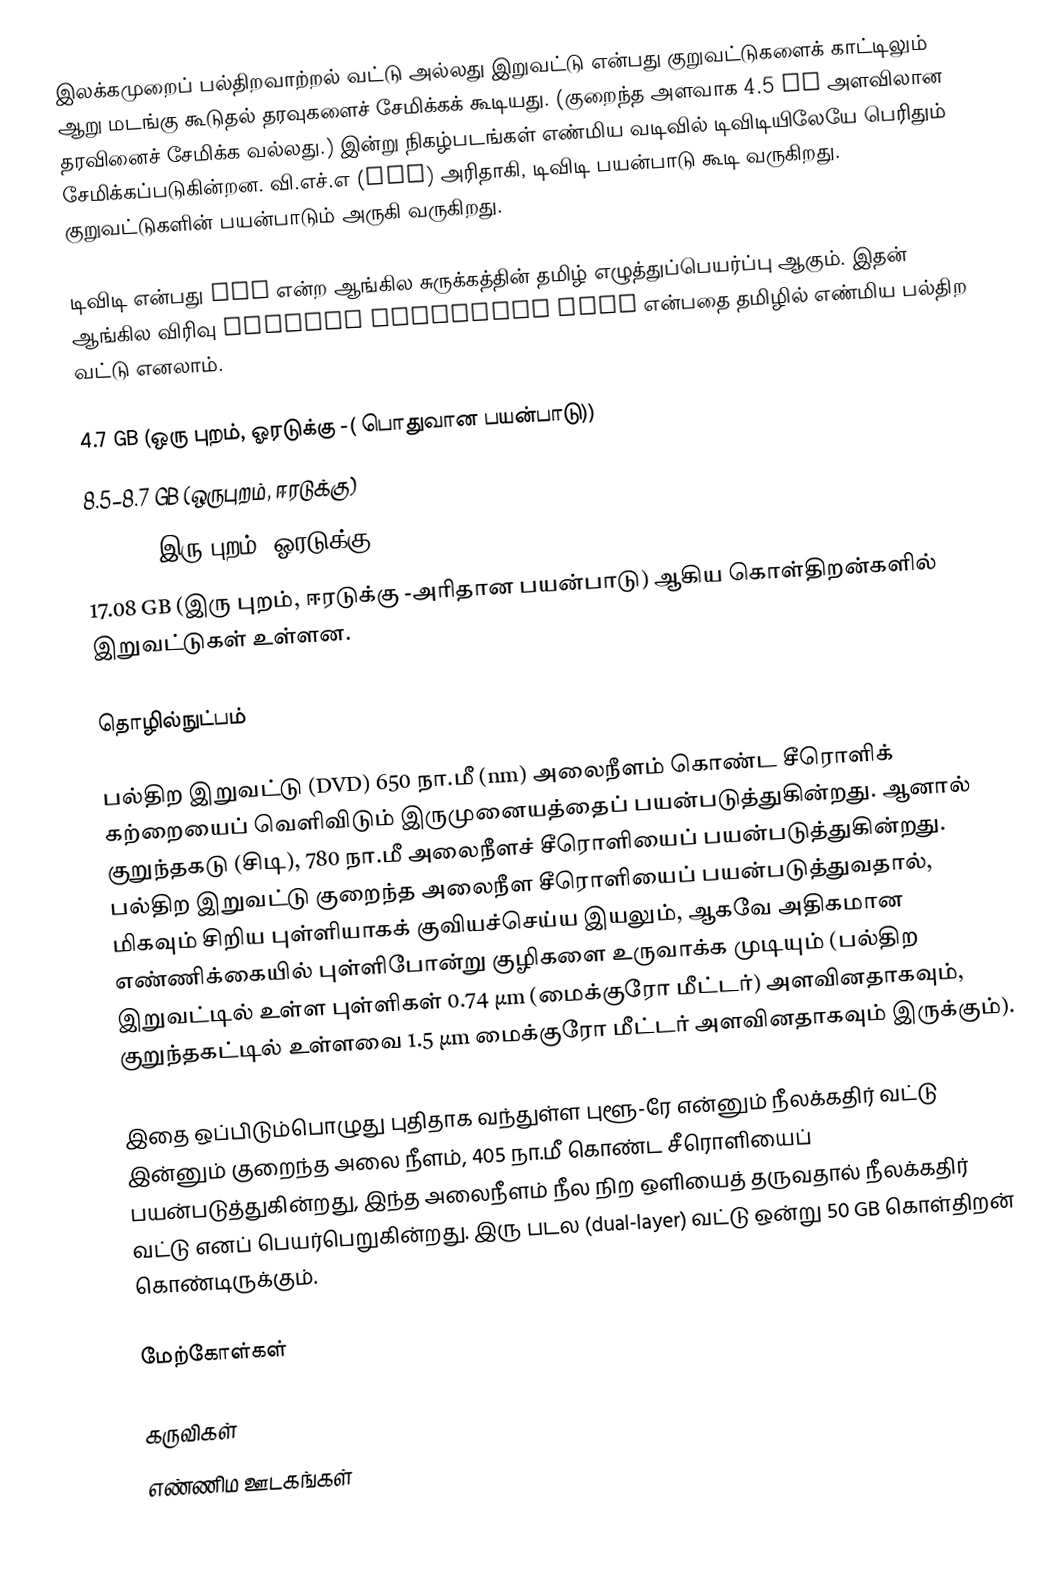
இலக்கமுறைப் பல்திறவாற்றல் வட்டு அல்லது இறுவட்டு என்பது குறுவட்டுகளைக் காட்டிலும் ஆறு மடங்கு கூடுதல் தரவுகளைச் சேமிக்கக் கூடியது. (குறைந்த அளவாக 4.5 GB அளவிலான தரவினைச் சேமிக்க வல்லது.) இன்று நிகழ்படங்கள் எண்மிய வடிவில் டிவிடியிலேயே பெரிதும் சேமிக்கப்படுகின்றன. வி.எச்.எ (VHS) அரிதாகி, டிவிடி பயன்பாடு கூடி வருகிறது. குறுவட்டுகளின் பயன்பாடும் அருகி வருகிறது.

டிவிடி என்பது DVD என்ற ஆங்கில சுருக்கத்தின் தமிழ் எழுத்துப்பெயர்ப்பு ஆகும். இதன் ஆங்கில விரிவு Digital Versatile Disc என்பதை தமிழில் எண்மிய பல்திற வட்டு எனலாம்.

 4.7 GB (ஒரு புறம், ஓரடுக்கு -( பொதுவான பயன்பாடு))
 8.5–8.7 GB (ஒருபுறம், ஈரடுக்கு)
 9.4 GB (இரு புறம், ஓரடுக்கு)
17.08 GB (இரு புறம், ஈரடுக்கு -அரிதான பயன்பாடு)  ஆகிய கொள்திறன்களில் இறுவட்டுகள் உள்ளன.

தொழில்நுட்பம்

பல்திற இறுவட்டு (DVD) 650 நா.மீ (nm) அலைநீளம் கொண்ட சீரொளிக் கற்றையைப் வெளிவிடும் இருமுனையத்தைப் பயன்படுத்துகின்றது. ஆனால் குறுந்தகடு (சிடி), 780 நா.மீ அலைநீளச் சீரொளியைப் பயன்படுத்துகின்றது. பல்திற இறுவட்டு குறைந்த அலைநீள சீரொளியைப் பயன்படுத்துவதால், மிகவும் சிறிய புள்ளியாகக் குவியச்செய்ய இயலும், ஆகவே அதிகமான எண்ணிக்கையில் புள்ளிபோன்று குழிகளை உருவாக்க முடியும் (பல்திற இறுவட்டில் உள்ள புள்ளிகள் 0.74 µm (மைக்குரோ மீட்டர்) அளவினதாகவும், குறுந்தகட்டில் உள்ளவை 1.5 µm மைக்குரோ மீட்டர் அளவினதாகவும் இருக்கும்).

இதை ஒப்பிடும்பொழுது புதிதாக வந்துள்ள புளூ-ரே என்னும் நீலக்கதிர் வட்டு இன்னும் குறைந்த அலை நீளம், 405 நா.மீ கொண்ட சீரொளியைப் பயன்படுத்துகின்றது, இந்த அலைநீளம் நீல நிற ஒளியைத் தருவதால் நீலக்கதிர் வட்டு எனப் பெயர்பெறுகின்றது. இரு படல (dual-layer) வட்டு ஒன்று 50 GB கொள்திறன் கொண்டிருக்கும்.

மேற்கோள்கள்

கருவிகள்
எண்ணிம ஊடகங்கள்